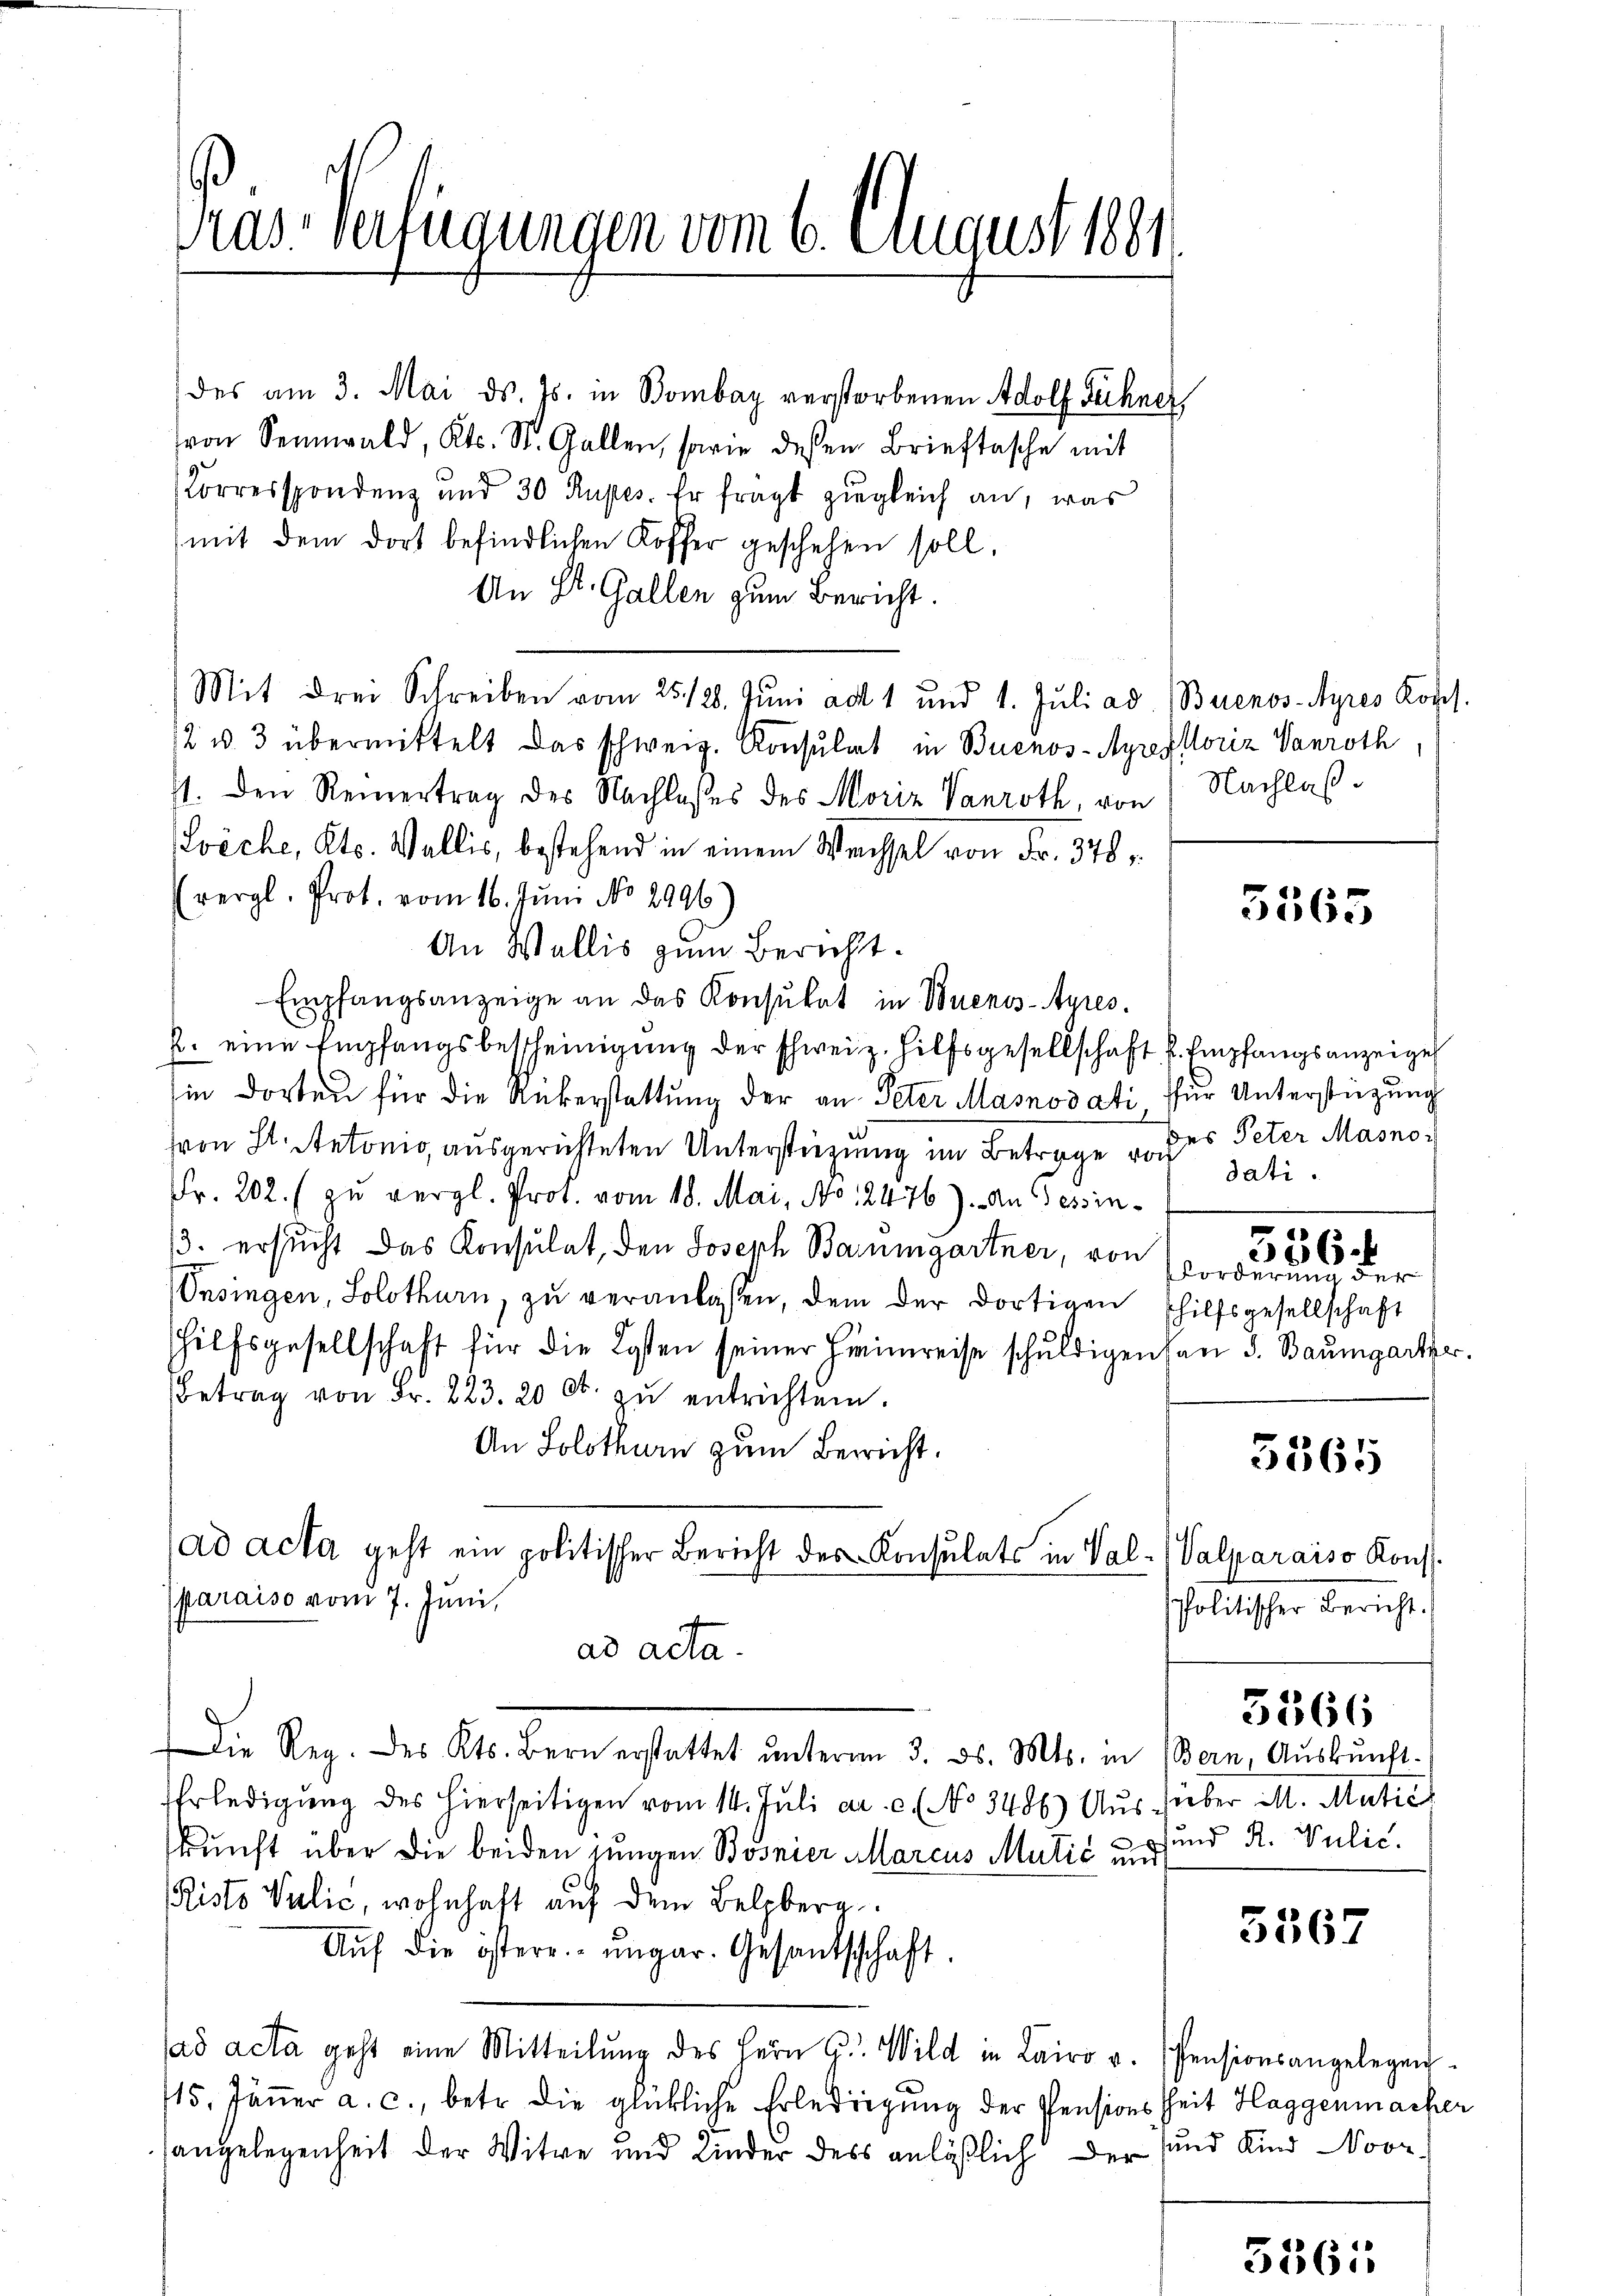
Tas verfügungen vom 6. August 1881

des am 3. Mai d. Js. in Bombar verstorbenen Adolf Füchner
von Sennwald, Kts. St. Gallen, sowie dessen Brieftasche mit
Korrespondenz und 30 Rupes. Er frägt zugleich an, was
mit dem dort befindlichen Koffer geschehen soll.
An St. Gallen zum Bericht.
Mit drei Schreiben vom 251/28. Juni ad 1 und 1. Jŭli ad. Buenos-Ayres Kopf.
12 u. 3 übermittelt das schweiz. Konsulat in Buenos-Ayrestoriz Vanroth
7. Den Reinertrag des Nachlasses des Moriz Vanroth, von Nachlaß¬
Zöche, Kts. Wallis, bestehend in einem Wechsel von Fr. 378
(vergl. Prot. vom 16. Juni No 2996
An Wallis zum Bericht.
Empfangsanzeige an das Konsŭkat in Buenos-Ayres.
k. eine Empfangsbescheinigung der schweiz. Hilfsgesellschaft u. Empfangsanzeige
in dorten für die Rükerstattung der an Peter Masnodati für Unterstüzung
von St. Antonio, ausgerichteten Unterstüzung im Betrage von dati
Fr. 202. (zu vergl. Prof. vom 18. Mai, No 12476). An Gessin¬
3. ersucht das Konsulat, den Joseph Baumgartner, von
Onsingen, Solothurn, zu veranlassen, dem der dortigen Thilfsgesellschaft
Hilfsgesellschaft für die Kosten seiner Heimreise schuldigen an d. Baŭmgarter.
Betrag von Fr. 223. 20 Ct. zŭ entrichten.
An Solothurn zum Bericht.
ad acta geht ein politischer Bericht des Konsulats in Val-Valparaiso Konst.
paraiso vom 7. Juni,
ad acta.
Die Reg. des Kts. Bern erstattet unterm 3. ds. Mts. in Bern, Aŭskŭnft
Erledigung des hierseitigen vom 14. Juli a. c. ( No 3486) Ausüber M. Matić
kunft über die beiden jungen Bosnier Marcus Mutić und und R. Vulić.
Risto Vulić, wohnhaft auf dem Belzberg
Aŭf die östere ungar. Gesandschaft.
ad acta geht eine Mitteilŭng des Herr G. Wild in Lairo v. Pensionsangelegen
15. Jäṅer a. c., betr. die glückliche Erledigung der Pensions Zeit Haggenmacher
angelegenheit der Witwe und Kinder dess anläßlich der und Kind Noor-

5565

des Peter Masnoi

fforderung der

356.

5365

Politischer Bericht.

3366

5567

536: